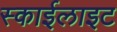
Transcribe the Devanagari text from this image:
स्‍काईलाइट